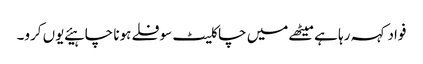
فواد کہہ رہا ہے میٹھے میں چاکلیٹ سوفلے ہونا چاہیئے یوں کرو۔